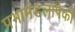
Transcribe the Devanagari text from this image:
प्रभामंडलांपैकी